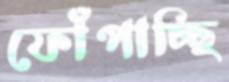
ফোঁপাচ্ছি